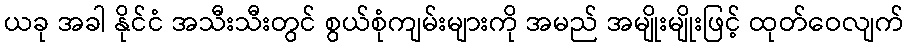
ယခု အခါ နိုင်ငံ အသီးသီးတွင် စွယ်စုံကျမ်းများကို အမည် အမျိုးမျိုးဖြင့် ထုတ်ဝေလျက်